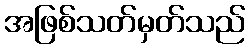
အဖြစ်သတ်မှတ်သည်